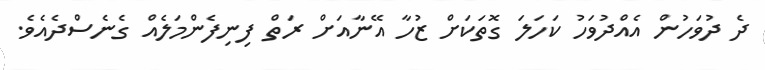
ދެ ދުވަހުން އެއްދުވަހު ކަހަލަ ގޮތަކަށް ޒުހާ އޭނާއަށް ރަތް ފިނިފެންމަލެއް ގެނެސްދެއެވެ.